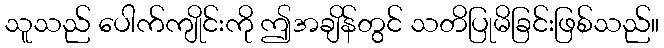
သူသည် ပေါက်ကျိုင်းကို ဤအချိန်တွင် သတိပြုမိခြင်းဖြစ်သည်။